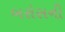
બરોસની